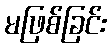
မဖြစ်ခြင်း